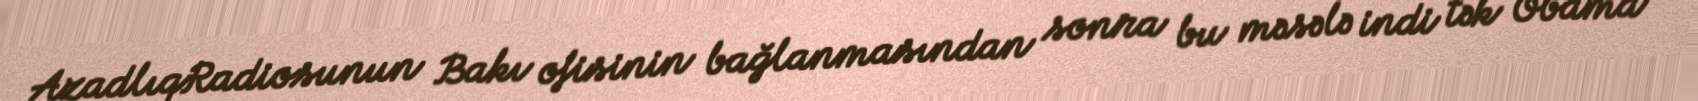
AzadlıqRadiosunun Bakı ofisinin bağlanmasından sonra bu məsələ indi tək Obama